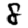
Digit: 8